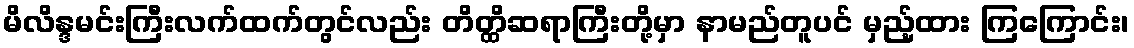
မိလိန္ဒမင်းကြီးလက်ထက်တွင်လည်း တိတ္ထိဆရာကြီးတို့မှာ နာမည်တူပင် မှည့်ထား ကြကြောင်း၊